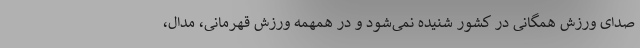
صدای ورزش همگانی در کشور شنیده نمی‌شود و در همهمه ورزش قهرمانی، مدال،